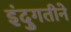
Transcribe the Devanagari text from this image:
इंदुगतीने